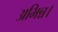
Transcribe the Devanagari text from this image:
अभिन्न।